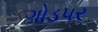
ગોડપર